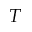
T